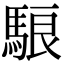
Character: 駺